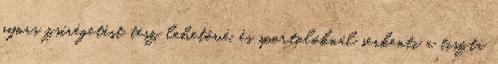
gyors zsírégetést tesz lehetővé, és sportolóknál serkenti a tiszta